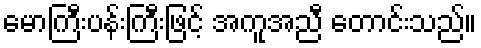
မောကြီးပန်းကြီးဖြင့် အကူအညီ တောင်းသည်။